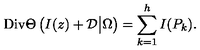
\mathrm { D i v } \Theta \left( I ( z ) + { \cal D } \big | \Omega \right) = \sum _ { k = 1 } ^ { h } I ( P _ { k } ) .